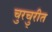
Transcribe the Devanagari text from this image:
चुरचु्रीत